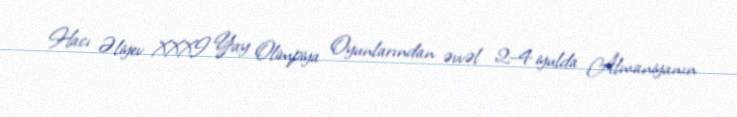
Hacı Əliyev XXXI Yay Olimpiya Oyunlarından əvvəl 2–4 iyulda Almaniyanın